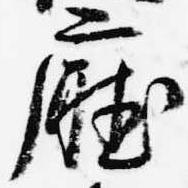
庁